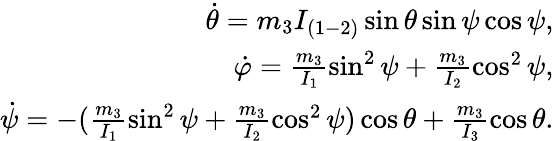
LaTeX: \begin{array}{r}{\dot{\theta}=m_{3}I_{(1-2)}\sin\theta\sin\psi\cos\psi,}\\ {\dot{\varphi}=\frac{m_{3}}{I_{1}}\sin^{2}\psi+\frac{m_{3}}{I_{2}}\cos^{2}\psi,}\\ {\dot{\psi}=-(\frac{m_{3}}{I_{1}}\sin^{2}\psi+\frac{m_{3}}{I_{2}}\cos^{2}\psi)\cos\theta+\frac{m_{3}}{I_{3}}\cos\theta.}\end{array}